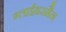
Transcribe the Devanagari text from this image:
ग्लाईबरमैन